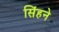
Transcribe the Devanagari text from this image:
सिंहने